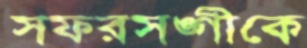
সফরসঙ্গীকে